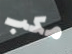
مكب